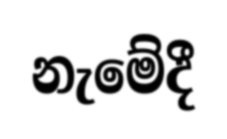
නැමේදී